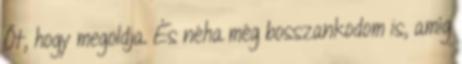
Őt, hogy megoldja. És néha még bosszankodom is, amíg